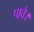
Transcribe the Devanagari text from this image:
पावै।